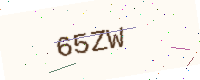
Text: 65ZW